Plague in India, 1896, 1897 - Volume 2
Year: 1896
Disease focus: Plague
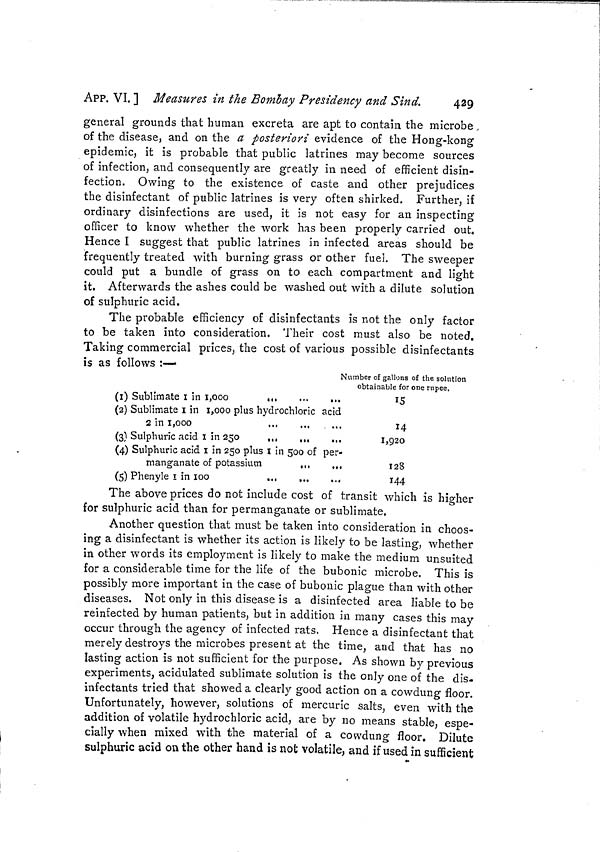
APP. VI. ] Measures in the Bombay Presidency and Sind.
429
general grounds that human excreta are apt to contain the microbe
of the disease, and on the a posteriori evidence of the Hong-kong
epidemic, it is probable that public latrines may become sources
of infection, and consequently are greatly in need of efficient disin-
fection. Owing to the existence of caste and other prejudices
the disinfectant of public latrines is very often shirked. Further, if
ordinary disinfections are used, it is not easy for an inspecting
officer to know whether the work has been properly carried out.
Hence I suggest that public latrines in infected areas should be
frequently treated with burning grass or other fuel. The sweeper
could put a bundle of grass on to each compartment and light
it. Afterwards the ashes could be washed out with a dilute solution
of sulphuric acid.
The probable efficiency of disinfectants is not the only factor
to be taken into consideration. Their cost must also be noted.
Taking commercial prices, the cost of various possible disinfectants
is as follows :—
(1)
(2)
(3)
(4)
(5)
Sublimate 1 in 1,000
,
Sublimate 1 in 1,000 plus hydrochloric acid
2 in 1,000
...
Sulphuric acid 1 in 250
Sulphuric acid 1 in 250 plus 1 in 500 of per-
manganate of potassium
,,,
,,,
Phenyle 1 in
100
...
,
Number of gallons of the solution
obtainable for one rupee.
15
14
1,920
128
144
The above prices do not include cost of transit which is higher
for sulphuric acid than for permanganate or sublimate.
Another question that must be taken into consideration in choos-
ing a disinfectant is whether its action is likely to be lasting, whether
in other words its employment is likely to make the medium unsuited
for a considerable time for the life of the bubonic microbe. This is
possibly more important in the case of bubonic plague than with other
diseases. Not only in this disease is a disinfected area liable to be
reinfected by human patients, but in addition in many cases this may
occur through the agency of infected rats. Hence a disinfectant that
merely destroys the microbes present at the time, and that has no
lasting action is not sufficient for the purpose. As shown by previous
experiments, acidulated sublimate solution is the only one of the dis-
infectants tried that showed a clearly good action on a cowdung floor.
Unfortunately, however, solutions of mercuric salts, even with the
addition of volatile hydrochloric acid, are by no means stable, espe-
cially when mixed with the material of a cowdung floor. Dilute
sulphuric acid on the other hand is not volatile, and if used in sufficient